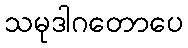
သမုဒါဂတောပေ